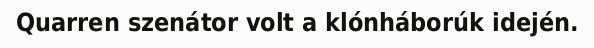
Quarren szenátor volt a klónháborúk idején.